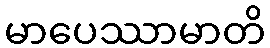
မာပေဿာမာတိ